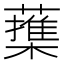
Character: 𦿕